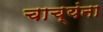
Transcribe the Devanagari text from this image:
चाच्यंना